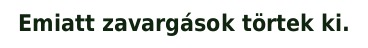
Emiatt zavargások törtek ki.